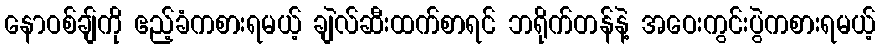
နောဝစ်ချ်ကို ဧည့်ခံကစားရမယ့် ချဲလ်ဆီးထက်စာရင် ဘရိုက်တန်နဲ့ အဝေးကွင်းပွဲကစားရမယ့်